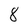
Character: 8